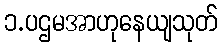
၁.ပဌမအာဟုနေယျသုတ်